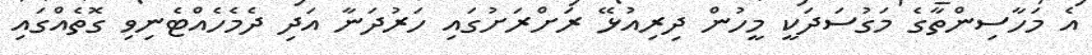
އެ މަހާސިންތާގެ މަގުސަދަކީ މީހުން ދިރިއުޅޭ ރަށްރަށުގައި ހަރުދަނާ އަދި ދެމެހެއްޓެނިވި ގޮތެއްގައި